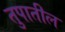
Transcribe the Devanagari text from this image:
तुपातील